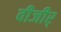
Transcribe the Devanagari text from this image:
वीजीर्